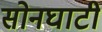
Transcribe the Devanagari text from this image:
सोनघाटी